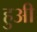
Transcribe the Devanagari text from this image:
हुअी